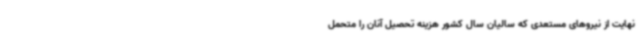
نهایت از نیروهای مستعدی که سالیان سال کشور هزینه تحصیل آنان را متحمل